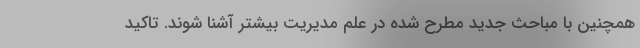
همچنین با مباحث جدید مطرح شده در علم مدیریت بیشتر آشنا شوند. تاکید